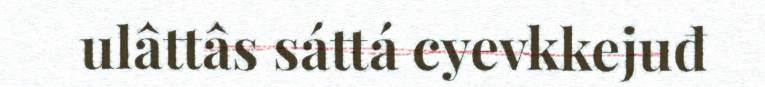
ulâttâs sáttá cyevkkejuđ